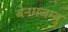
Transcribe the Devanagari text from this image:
बेनमजम्बु